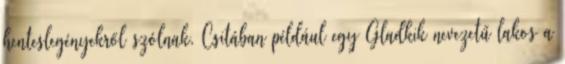
henteslegényekről szólnak. Csitában például egy Gladkik nevezetű lakos a